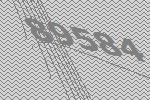
89584